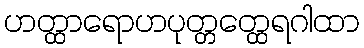
ဟတ္ထာရောဟပုတ္တတ္ထေရဂါထာ